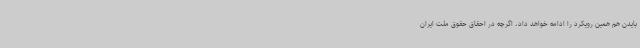
بایدن هم همین رویکرد را ادامه خواهد داد، اگرچه در احقاق حقوق ملت ایران